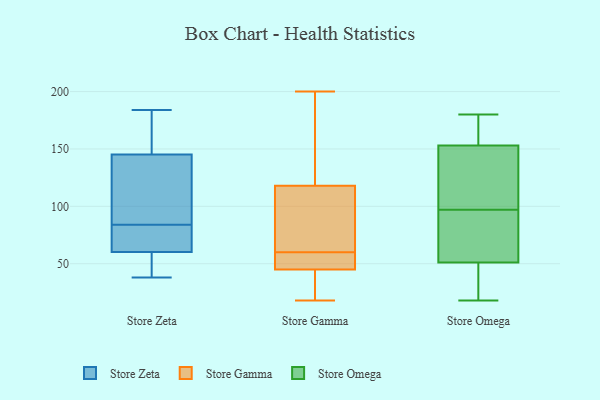
{"axis": {"x": "Website Visitors", "y": "Value"}, "legend": ["Store Gamma", "Store Omega", "Store Zeta"], "data": [{"x": "", "y": 150, "type": "Store Zeta"}, {"x": "", "y": 184, "type": "Store Zeta"}, {"x": "", "y": 183, "type": "Store Zeta"}, {"x": "", "y": 65, "type": "Store Zeta"}, {"x": "", "y": 39, "type": "Store Zeta"}, {"x": "", "y": 84, "type": "Store Zeta"}, {"x": "", "y": 131, "type": "Store Zeta"}, {"x": "", "y": 61, "type": "Store Zeta"}, {"x": "", "y": 60, "type": "Store Zeta"}, {"x": "", "y": 90, "type": "Store Zeta"}, {"x": "", "y": 38, "type": "Store Zeta"}, {"x": "", "y": 118, "type": "Store Gamma"}, {"x": "", "y": 126, "type": "Store Gamma"}, {"x": "", "y": 25, "type": "Store Gamma"}, {"x": "", "y": 200, "type": "Store Gamma"}, {"x": "", "y": 18, "type": "Store Gamma"}, {"x": "", "y": 45, "type": "Store Gamma"}, {"x": "", "y": 64, "type": "Store Gamma"}, {"x": "", "y": 108, "type": "Store Gamma"}, {"x": "", "y": 56, "type": "Store Gamma"}, {"x": "", "y": 149, "type": "Store Gamma"}, {"x": "", "y": 28, "type": "Store Gamma"}, {"x": "", "y": 47, "type": "Store Gamma"}, {"x": "", "y": 100, "type": "Store Gamma"}, {"x": "", "y": 48, "type": "Store Gamma"}, {"x": "", "y": 86, "type": "Store Omega"}, {"x": "", "y": 102, "type": "Store Omega"}, {"x": "", "y": 168, "type": "Store Omega"}, {"x": "", "y": 51, "type": "Store Omega"}, {"x": "", "y": 92, "type": "Store Omega"}, {"x": "", "y": 25, "type": "Store Omega"}, {"x": "", "y": 171, "type": "Store Omega"}, {"x": "", "y": 18, "type": "Store Omega"}, {"x": "", "y": 153, "type": "Store Omega"}, {"x": "", "y": 58, "type": "Store Omega"}, {"x": "", "y": 180, "type": "Store Omega"}, {"x": "", "y": 144, "type": "Store Omega"}, {"x": "", "y": 115, "type": "Store Omega"}, {"x": "", "y": 33, "type": "Store Omega"}]}